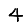
Digit: 4